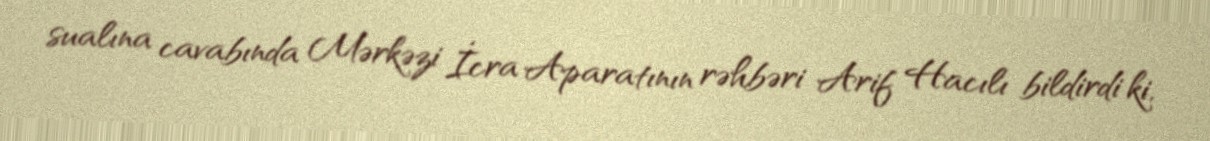
sualına cavabında Mərkəzi İcra Aparatının rəhbəri Arif Hacılı bildirdi ki,